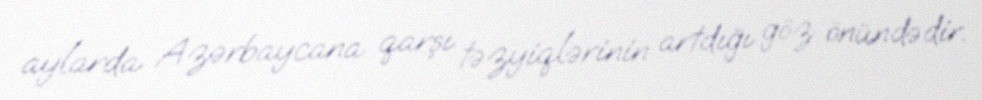
aylarda Azərbaycana qarşı təzyiqlərinin artdığı göz önündədir.